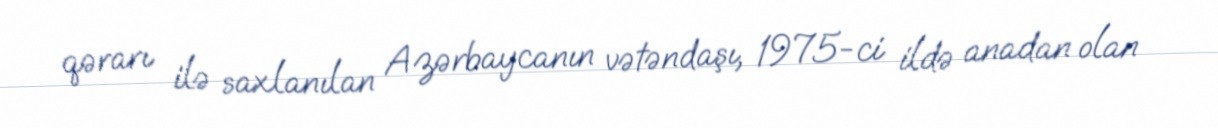
qərarı ilə saxlanılan Azərbaycanın vətəndaşı, 1975-ci ildə anadan olan